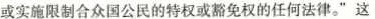
或实施限制合众国公民的特权或豁免权的任何法律。”这